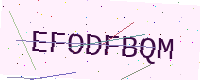
Text: EFODFBQM